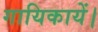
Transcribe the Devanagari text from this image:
गायिकायें।